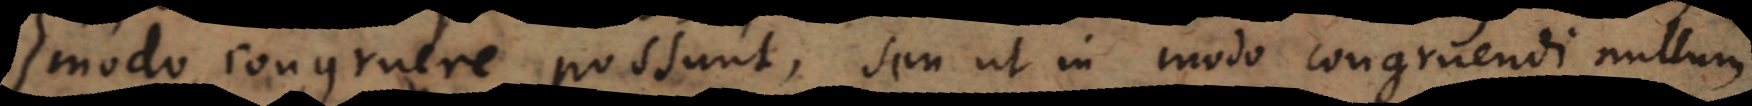
modo congruere possunt, seu ut in modo congruendi nullum